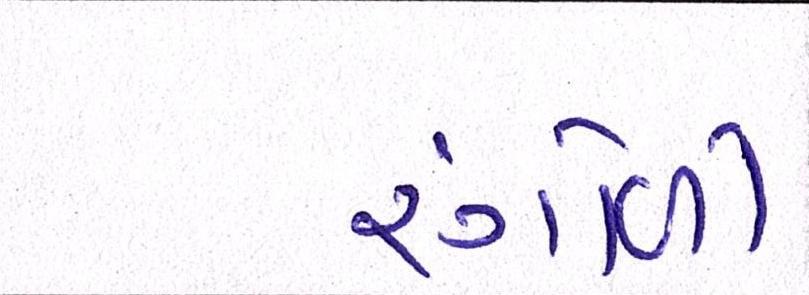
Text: રંગોળી